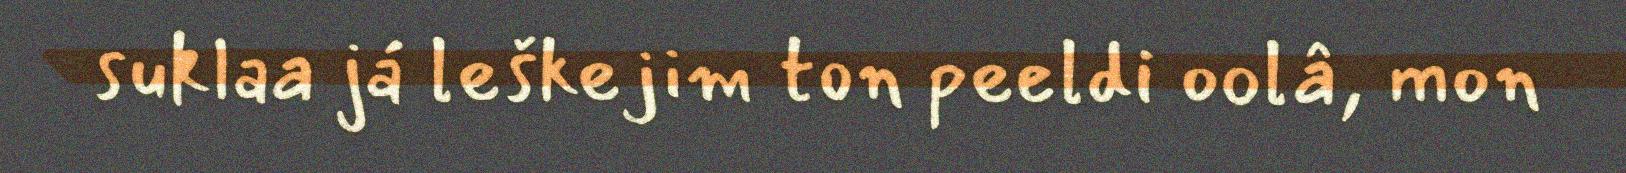
suklaa já leškejim ton peeldi oolâ, mon